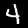
Digit: 4